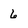
Character: 6